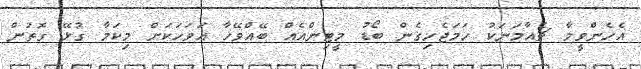
އެހެންވީމާ ޗެއާމަނަކު ހަމަޖެހިގެން ބޯޑު މީޓިންއެއް ބޭއްވޭހާ އަވަހަކަށް މިކަމާ ގުޅޭ ގޮތުން